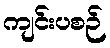
ကျင်းပစဉ်